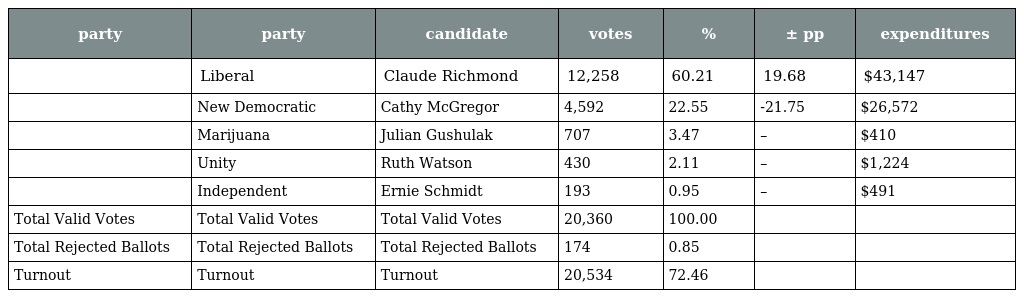
| party | party | candidate | votes | % | ± pp | expenditures |
 | --- | --- | --- | --- | --- | --- | --- |
 |  | Liberal | Claude Richmond | 12,258 | 60.21 | 19.68 | $43,147 |
 |  | New Democratic | Cathy McGregor | 4,592 | 22.55 | -21.75 | $26,572 |
 |  | Marijuana | Julian Gushulak | 707 | 3.47 | – | $410 |
 |  | Unity | Ruth Watson | 430 | 2.11 | – | $1,224 |
 |  | Independent | Ernie Schmidt | 193 | 0.95 | – | $491 |
 | Total Valid Votes | Total Valid Votes | Total Valid Votes | 20,360 | 100.00 |  |  |
 | Total Rejected Ballots | Total Rejected Ballots | Total Rejected Ballots | 174 | 0.85 |  |  |
 | Turnout | Turnout | Turnout | 20,534 | 72.46 |  |  |